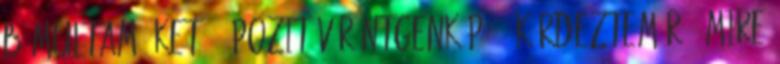
bámultam őket. - Pozitív röntgenkép? - kérdeztem rá, mire